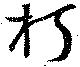
朽